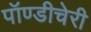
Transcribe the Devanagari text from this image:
पॉण्डीचेरी